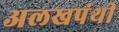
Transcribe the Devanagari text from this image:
अलखपंथी